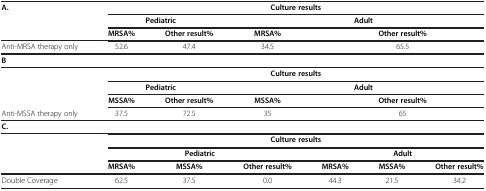
<table><thead><tr><td><b>A.</b></td><td colspan="6"><b>Culture results</b></td></tr><tr><td><b> </b></td><td colspan="2"><b>Pediatric</b></td><td colspan="4"><b>Adult</b></td></tr><tr><td><b> </b></td><td><b>MRSA%</b></td><td><b>Other result%</b></td><td><b>MRSA%</b></td><td colspan="3"><b>Other result%</b></td></tr></thead><tbody><tr><td>Anti-MRSA therapy only</td><td>52.6</td><td>47.4</td><td>34.5</td><td colspan="3">65.5</td></tr><tr><td><b>B</b></td><td> </td><td> </td><td> </td><td colspan="3"> </td></tr><tr><td> </td><td colspan="6"><b>Culture results</b></td></tr><tr><td rowspan="2"> </td><td colspan="2"><b>Pediatric</b></td><td colspan="4"><b>Adult</b></td></tr><tr><td><b>MSSA%</b></td><td><b>Other result%</b></td><td><b>MSSA%</b></td><td colspan="3"><b>Other result%</b></td></tr><tr><td>Anti-MSSA therapy only</td><td>37.5</td><td>72.5</td><td>35</td><td colspan="3">65</td></tr><tr><td><b>C.</b></td><td> </td><td> </td><td> </td><td colspan="3"> </td></tr><tr><td> </td><td colspan="6"><b>Culture results</b></td></tr><tr><td rowspan="2"> </td><td colspan="3"><b>Pediatric</b></td><td colspan="3"><b>Adult</b></td></tr><tr><td><b>MRSA%</b></td><td><b>MSSA%</b></td><td><b>Other result%</b></td><td><b>MRSA%</b></td><td><b>MSSA%</b></td><td><b>Other result%</b></td></tr><tr><td>Double Coverage</td><td>62.5</td><td>37.5</td><td>0.0</td><td>44.3</td><td>21.5</td><td>34.2</td></tr></tbody></table>